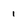
Character: 1